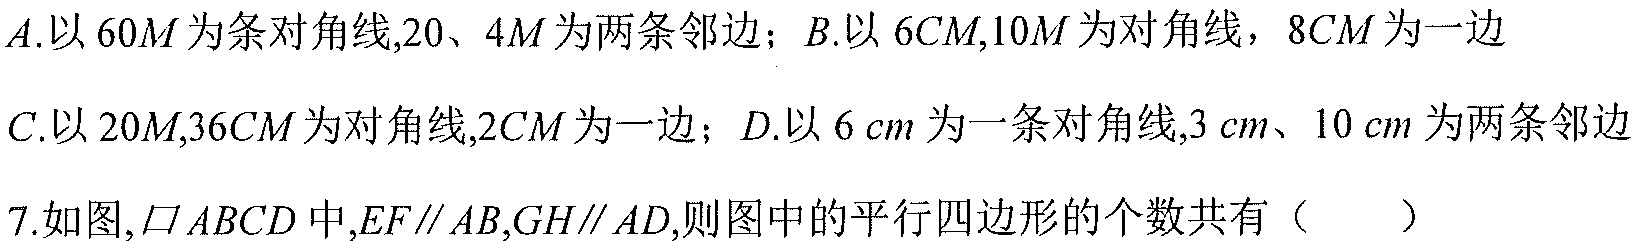
\(A.以\ 60M\ 为条对角线,20、4M\ 为两条邻边；B.以\ 6CM,10M\ 为对角线，8CM\ 为一边\)
\(C.以\ 20M,36CM\ 为对角线,2CM\ 为一边；D.以\ 6\ cm\ 为一条对角线,3\ cm、10\ cm\ 为两条邻边\)
7.如图,\(\square ABCD\)中,\(EF\parallel AB,GH\parallel AD\),则图中的平行四边形的个数共有（  ）